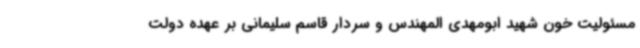
مسئولیت خون شهید ابومهدی المهندس و سردار قاسم سلیمانی بر عهده دولت